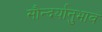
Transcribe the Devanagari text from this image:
सौन्दर्यानुभाव